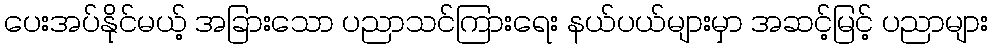
ပေးအပ်နိုင်မယ့် အခြားသော ပညာသင်ကြားရေး နယ်ပယ်များမှာ အဆင့်မြင့် ပညာများ